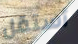
أستقل